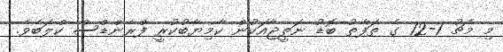
މި މެޗު 1-12 ގެ ތަފާތު ބޮޑު ނަތީޖާއަކުން ކާމިޔާބުކުރީ ފްރެންޑްސް ކްލަބެވެ.